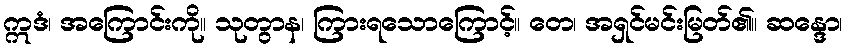
ဣဒံ၊ အကြောင်းကို။ သုတွာန၊ ကြားရသောကြောင့်။ တေ၊ အရှင်မင်းမြတ်၏။ ဆန္ဒော၊